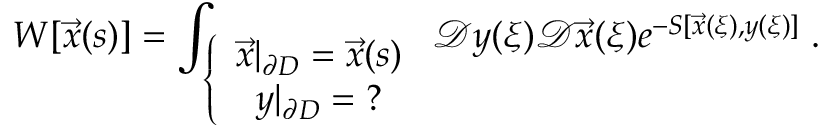
W [ \vec { x } ( s ) ] = \int _ { \left\{ \begin{array} { c } { { \vec { x } | _ { \partial D } = \vec { x } ( s ) } } \\ { { y | _ { \partial D } = ? } } \end{array} \right. } \mathcal { D } y ( \xi ) \mathcal { D } \vec { x } ( \xi ) e ^ { - S [ \vec { x } ( \xi ) , y ( \xi ) ] } \; .